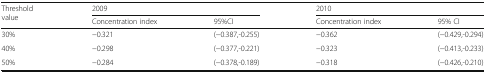
<table><thead><tr><td rowspan="2"><b>Threshold value</b></td><td colspan="2"><b>2009</b></td><td colspan="2"><b>2010</b></td></tr><tr><td><b>Concentration index</b></td><td><b>95%CI</b></td><td><b>Concentration index</b></td><td><b>95% CI</b></td></tr></thead><tbody><tr><td>30%</td><td>−0.321</td><td>(−0.387,-0.255)</td><td>−0.362</td><td>(−0.429,-0.294)</td></tr><tr><td>40%</td><td>−0.298</td><td>(−0.377,-0.221)</td><td>−0.323</td><td>(−0.413,-0.233)</td></tr><tr><td>50%</td><td>−0.284</td><td>(−0.378,-0.189)</td><td>−0.318</td><td>(−0.426,-0.210)</td></tr></tbody></table>